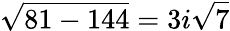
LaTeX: {\sqrt{81-144}}=3i{\sqrt{7}}